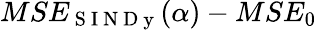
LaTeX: MSE_{\mathrm{~S~I~N~D~y~}}(\alpha)-MSE_{0}